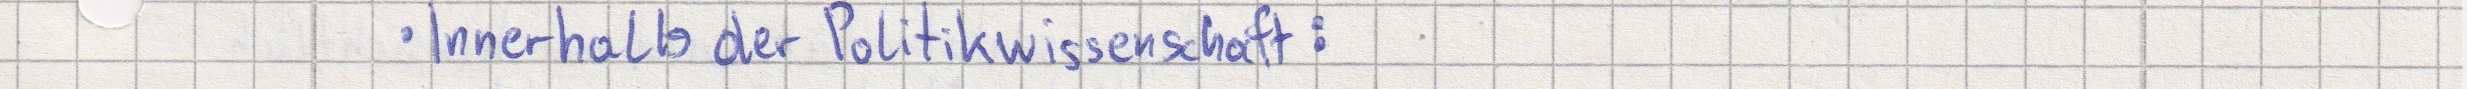
Innerhalb der Politikwissenschaft: